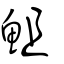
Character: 䱉